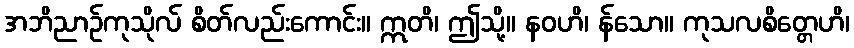
အဘိညာဉ်ကုသိုလ် စိတ်လည်းကောင်း။ ဣတိ၊ ဤသို့။ နဝဟိ၊ န်သော။ ကုသလစိတ္တေဟိ၊